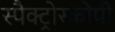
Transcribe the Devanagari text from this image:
स्पैक्ट्रोस्कोपी